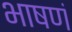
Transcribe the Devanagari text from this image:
भाषणं